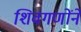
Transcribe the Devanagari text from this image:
शिवगणोंने